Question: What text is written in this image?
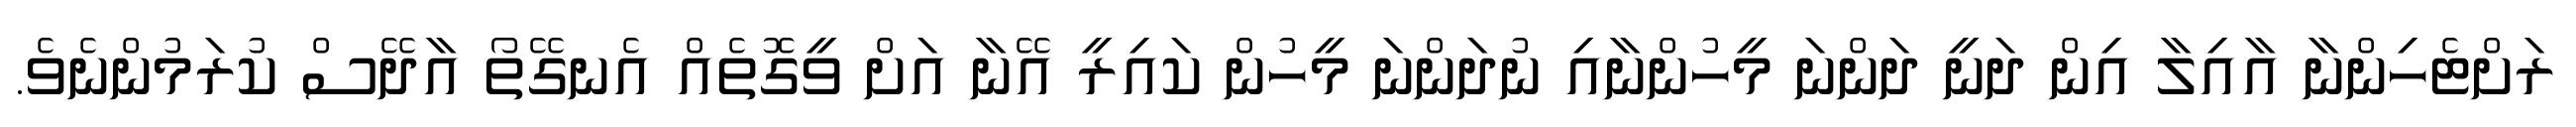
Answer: ރަށްޓެހިންނާ އާއިލާ އިން ދަނީ ދަންނަ މީހުންނާއި ނުދަންނަ މީހުން ކައިރީ އޭނާ އަށް ވީގޮތެއް އެނގޭތޯ އާދޭސް ކުރަމުންނެވެ.